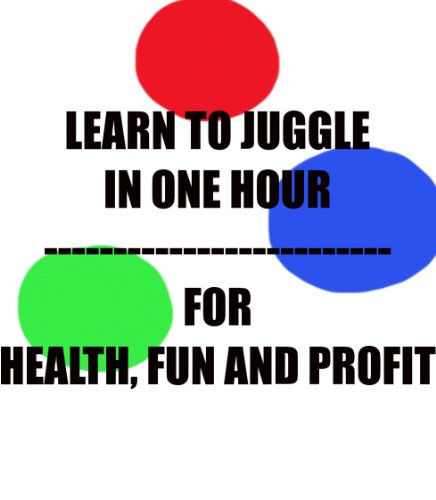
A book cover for Learn To Juggle In One Hour - For Health, Fun and Profit; Rick Phillips; Sports & Outdoors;